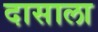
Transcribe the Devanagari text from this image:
दासाला